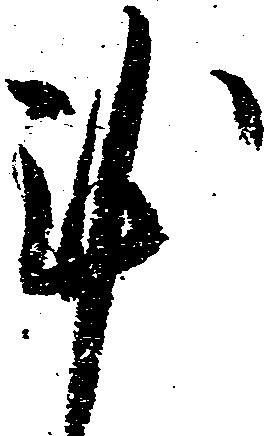
謹